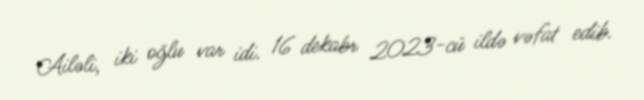
Ailəli, iki oğlu var idi. 16 dekabr 2023-cü ildə vəfat edib.